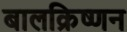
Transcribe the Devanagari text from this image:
बालक्रिष्णन